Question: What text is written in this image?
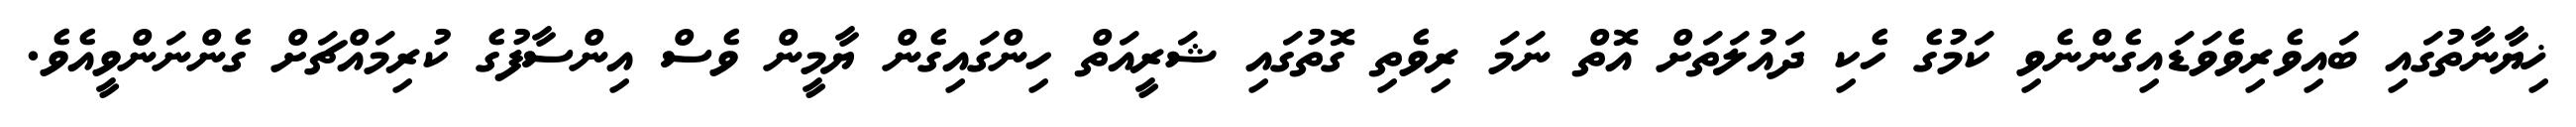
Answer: ޚިޔާނާތުގައި ބައިވެރިވެވަޑައިގެންނެވި ކަމުގެ ހެކި ދައުލަތަށް އޮތް ނަމަ ރިވެތި ގޮތުގައި ޝަރީއަތް ހިންގައިގެން ޔާމީން ވެސް އިންސާފުގެ ކުރިމައްޗަށް ގެންނަންވީއެވެ.